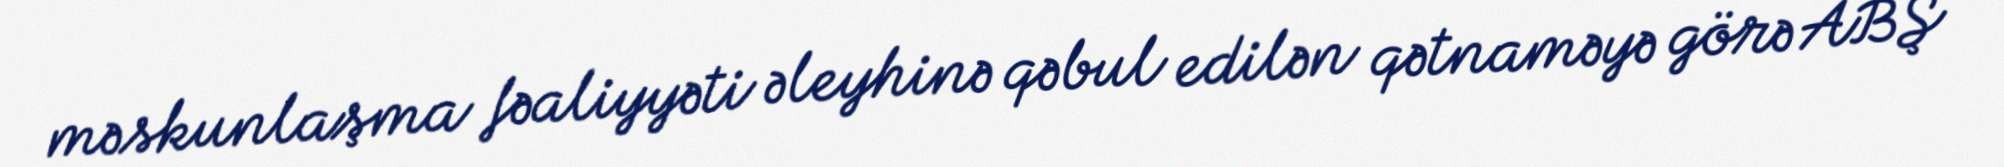
məskunlaşma fəaliyyəti əleyhinə qəbul edilən qətnaməyə görə ABŞ